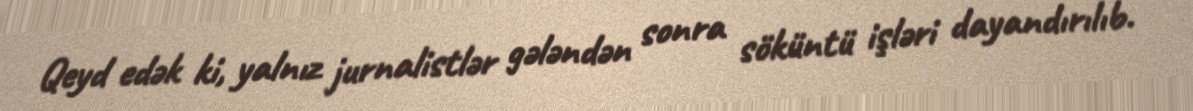
Qeyd edək ki, yalnız jurnalistlər gələndən sonra söküntü işləri dayandırılıb.